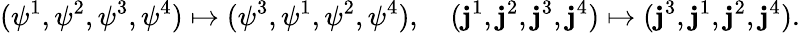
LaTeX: (\psi^{1},\psi^{2},\psi^{3},\psi^{4})\mapsto(\psi^{3},\psi^{1},\psi^{2},\psi^{4}),\quad(\mathbf{j}^{1},\mathbf{j}^{2},\mathbf{j}^{3},\mathbf{j}^{4})\mapsto(\mathbf{j}^{3},\mathbf{j}^{1},\mathbf{j}^{2},\mathbf{j}^{4}).